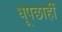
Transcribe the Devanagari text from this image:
धूपछाहीं